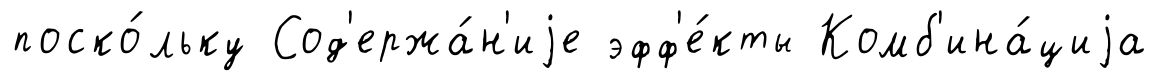
поско́льку Сод'ержа́н'иjе эфф'е́кты Комб'ина́циjа